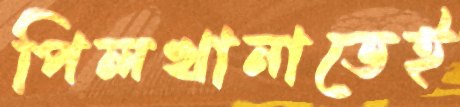
পিলখানাতেই